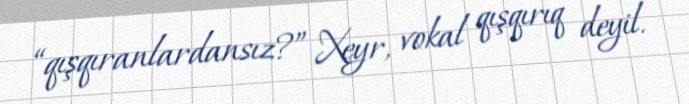
“qışqıranlardansız?” Xeyr, vokal qışqırıq deyil.